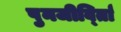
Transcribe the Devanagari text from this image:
पुनजीर्व्ताि